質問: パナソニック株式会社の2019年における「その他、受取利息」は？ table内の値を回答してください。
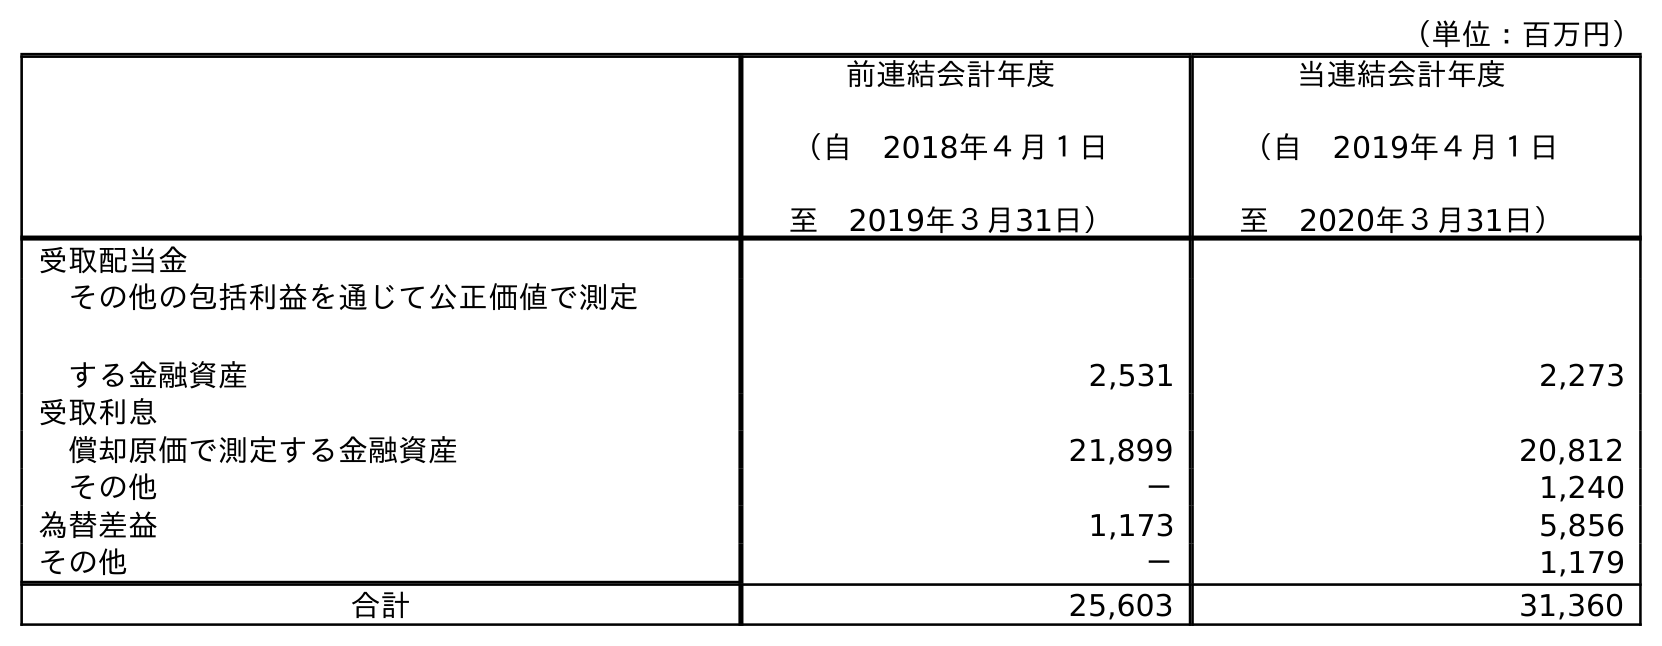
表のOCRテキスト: （単位：百万円） 前連結会計年度 （自 2018年４月１日 至 2019年３月31日） 当連結会計年度 （自 2019年４月１日 至 2020年３月31日） 受取配当金 その他の包括利益を通じて公正価値で測定 する金融資産 2,531 2,273 受取利息 償却原価で測定する金融資産 21,899 20,812 その他 － 1,240 為替差益 1,173 5,856 その他 － 1,179 合計 25,603 31,360
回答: －